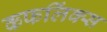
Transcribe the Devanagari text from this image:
कफलिंक्स